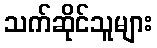
သက်ဆိုင်သူများ